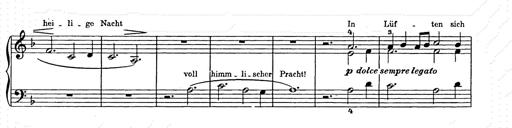
Title: Weihnachtsbaum
Composer: Franz Liszt